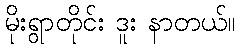
မိုးရွာတိုင်း ဒူး နာတယ်။